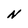
Character: N